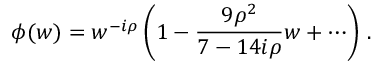
\phi ( w ) = w ^ { - i \rho } \left( 1 - { \frac { 9 \rho ^ { 2 } } { 7 - 1 4 i \rho } } w + \cdots \right) \, .